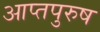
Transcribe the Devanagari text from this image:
आप्तपुरुष